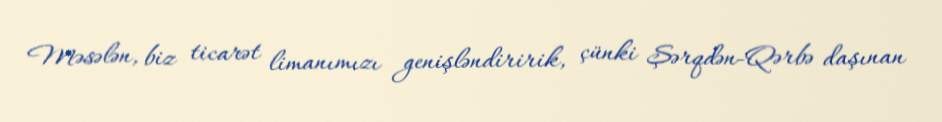
Məsələn, biz ticarət limanımızı genişləndiririk, çünki Şərqdən-Qərbə daşınan